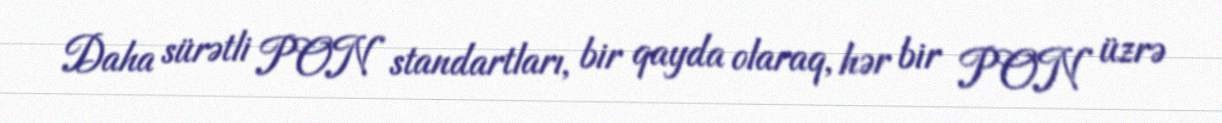
Daha sürətli PON standartları, bir qayda olaraq, hər bir PON üzrə